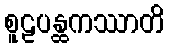
စူဠပန္ထကဿာတိ